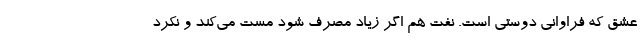
عشق که فراوانیِ دوستی است. نفت هم اگر زیاد مصرف شود مست می‌کند و نکرد